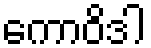
ကောဝိဒါ